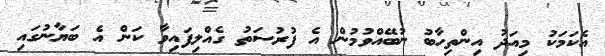
އެކަމަކު މިއަދު އިންތިހާބު ނުބޭއްވުމުން އެ ފުރުސަތު ގެއްލިފައިވާ ކަން އެ ބަޔާނުގައި